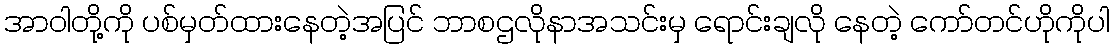
အာဝါတို့ကို ပစ်မှတ်ထားနေတဲ့အပြင် ဘာစဌလိုနာအသင်းမှ ရောင်းချလို နေတဲ့ ကော်တင်ဟိုကိုပါ